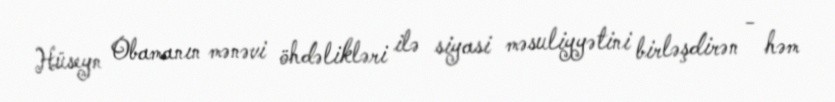
Hüseyn Obamanın mənəvi öhdəlikləri ilə siyasi məsuliyyətini birləşdirən - həm